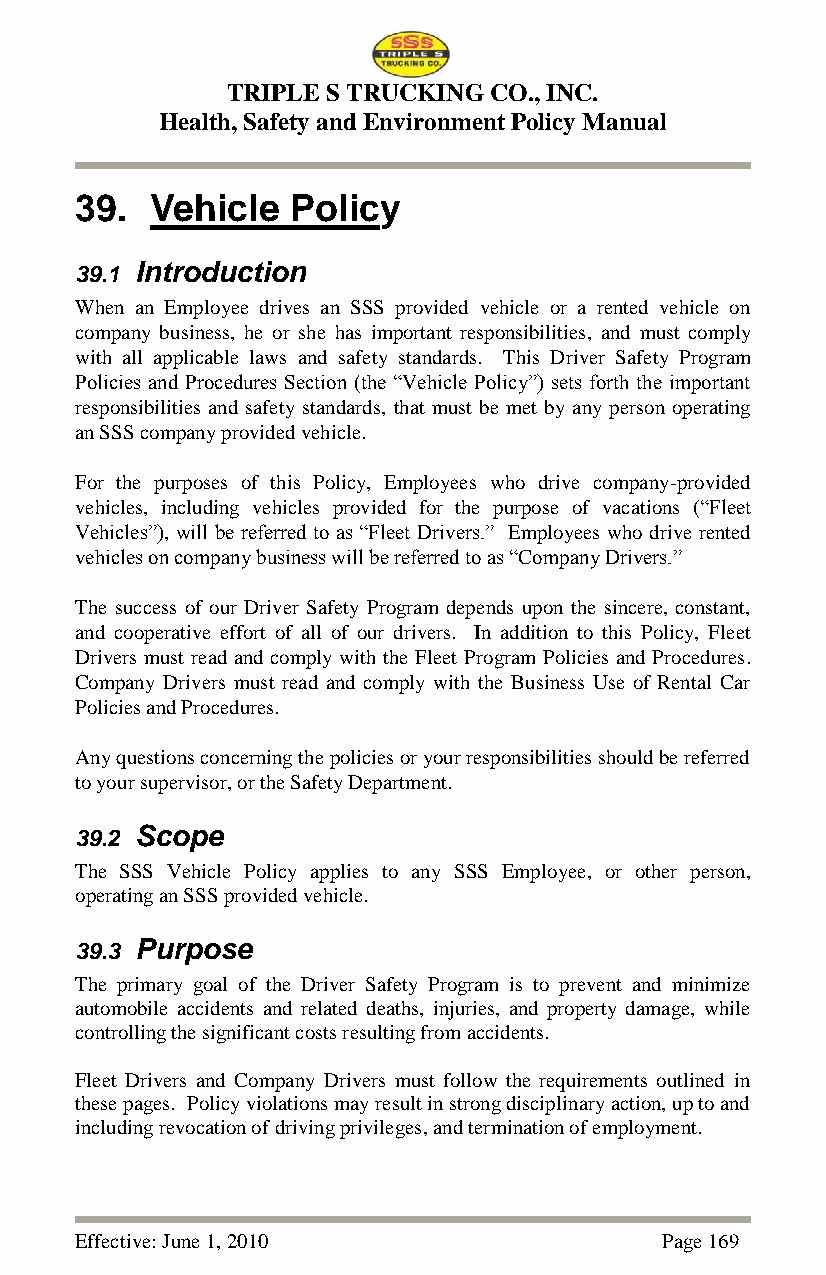
TRIPLE S TRUCKING CO., INC.
 Health, Safety and Environment Policy Manual
 39.  Vehicle  Policy
 39.1 Introduction
 When an Employee drives an SSS provided vehicle or a rented vehicle on
 company business, he or she has important responsibilities, and must comply
 with all applicable laws and safety standards. This Driver Safety Program
 Policies and Procedures Section (the ―Vehicle Policy‖) sets forth the important
 responsibilities and safety standards, that must be met by any person operating
 an SSS company provided vehicle.
 For the purposes of this Policy, Employees who drive company-provided
 vehicles, including vehicles provided for the purpose of vacations (―Fleet
 Vehicles‖), will be referred to as ―Fleet Drivers.‖ Employees who drive rented
 vehicles on company business will be referred to as ―Company Drivers.‖
 The success of our Driver Safety Program depends upon the sincere, constant,
 and cooperative effort of all of our drivers. In addition to this Policy, Fleet
 Drivers must read and comply with the Fleet Program Policies and Procedures.
 Company Drivers must read and comply with the Business Use of Rental Car
 Policies and Procedures.
 Any questions concerning the policies or your responsibilities should be referred
 to your supervisor, or the Safety Department.
 39.2 Scope
 The SSS Vehicle Policy applies to any SSS Employee, or other person,
 operating an SSS provided vehicle.
 39.3 Purpose
 The primary goal of the Driver Safety Program is to prevent and minimize
 automobile accidents and related deaths, injuries, and property damage, while
 controlling the significant costs resulting from accidents.
 Fleet Drivers and Company Drivers must follow the requirements outlined in
 these pages. Policy violations may result in strong disciplinary action, up to and
 including revocation of driving privileges, and termination of employment.
 Effective: June 1, 2010                Page 169